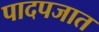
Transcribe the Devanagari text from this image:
पादपजात